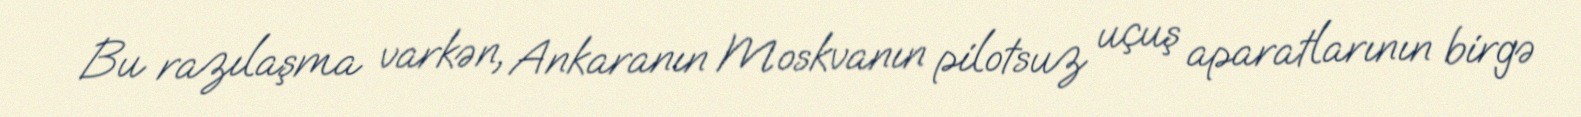
Bu razılaşma varkən, Ankaranın Moskvanın pilotsuz uçuş aparatlarının birgə